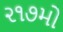
૨૧૭મો